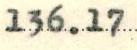
136.17